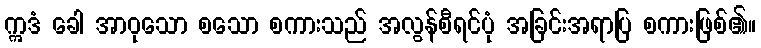
ဣဒံ ခေါ အာဝုသော စသော စကားသည် အလွန်စီရင်ပုံ အခြင်းအရာပြ စကားဖြစ်၏။